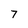
Character: 7